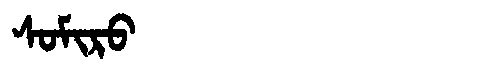
Manchu: ᠰᠣᠮᡳᡵᠣ
Romanization: SOMIRO